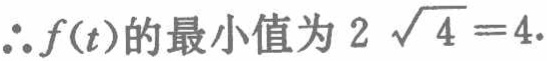
\(\therefore f(t)\)的最小值为\(2\sqrt{4}=4.\)